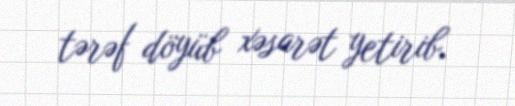
tərəf döyüb xəsarət yetirib.